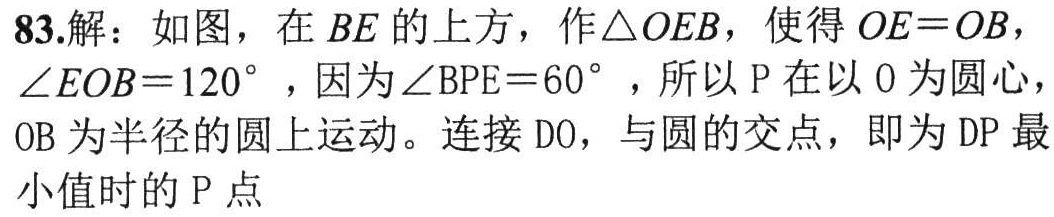
83.解：如图，在\(BE\)的上方，作\(\triangle OEB\)，使得\(OE = OB\)，\(\angle EOB = 120^{\circ}\)，因为\(\angle BPE = 60^{\circ}\)，所以\(P\)在以\(O\)为圆心，\(OB\)为半径的圆上运动。连接\(DO\)，与圆的交点，即为\(DP\)最小值时的\(P\)点